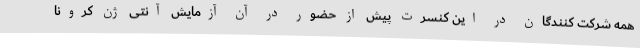
همه شرکت کنندگان در این کنسرت پیش از حضور در آن آزمایش آنتی ژن کرونا